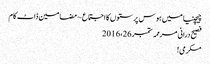
چیچنیا میں ہوس پرستوں کا اجتماع ~ مضامین ڈاٹ کام
فصیح درانی مرممہ ستمبر 26، 2016
مکرمی!